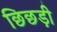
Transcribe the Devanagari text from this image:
छिछड़ी